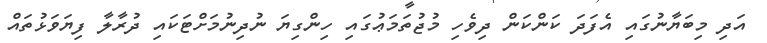
އަދި މިބަޔާނުގައި އެފަދަ ކަންކަން ދިވެހި މުޖުތަމަޢުގައި ހިންގިޔަ ނުދިނުމަށްޓަކައި ދުރާލާ ފިޔަވަޅުތައް